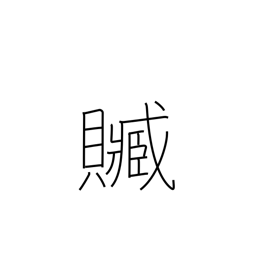
Meaning: bribery